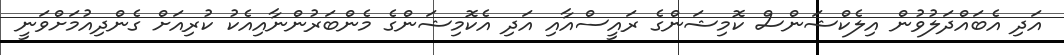
އަދި އެބައްދަލުވުން އިލެކްޝަންސް ކޮމިޝަންގެ ރައީސްއާއި އަދި އެކޮމިޝަންގެ މެންބަރުންނާއިއެކު ކުރިއަށް ގެންދިއުމަށްވަނީ